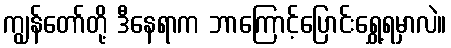
ကျွန်တော်တို့ ဒီနေရာက ဘာကြောင့်ပြောင်းရွှေ့ရမှာလဲ။